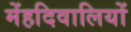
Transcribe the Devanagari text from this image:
मेंहदिवालियों